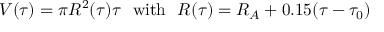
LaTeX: V ( \tau ) = \pi R ^ { 2 } ( \tau ) \tau ~ ~ \mathrm { w i t h } ~ ~ R ( \tau ) = R _ { A } + 0 . 1 5 ( \tau - \tau _ { 0 } )